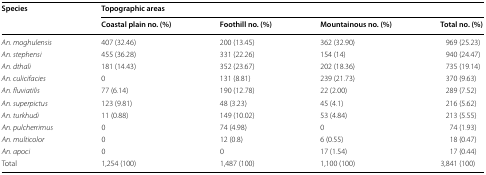
<table><thead><tr><td rowspan="2"><b>Species</b></td><td colspan="4"><b>Topographic areas</b></td></tr><tr><td><b>Coastal plain no. (%)</b></td><td><b>Foothill no. (%)</b></td><td><b>Mountainous no. (%)</b></td><td><b>Total no. (%)</b></td></tr></thead><tbody><tr><td><i>An. moghulensis</i></td><td>407 (32.46)</td><td>200 (13.45)</td><td>362 (32.90)</td><td>969 (25.23)</td></tr><tr><td><i>An. stephensi</i></td><td>455 (36.28)</td><td>331 (22.26)</td><td>154 (14)</td><td>940 (24.47)</td></tr><tr><td><i>An. dthali</i></td><td>181 (14.43)</td><td>352 (23.67)</td><td>202 (18.36)</td><td>735 (19.14)</td></tr><tr><td><i>An. culicifacies</i></td><td>0</td><td>131 (8.81)</td><td>239 (21.73)</td><td>370 (9.63)</td></tr><tr><td><i>An. fluviatilis</i></td><td>77 (6.14)</td><td>190 (12.78)</td><td>22 (2.00)</td><td>289 (7.52)</td></tr><tr><td><i>An. superpictus</i></td><td>123 (9.81)</td><td>48 (3.23)</td><td>45 (4.1)</td><td>216 (5.62)</td></tr><tr><td><i>An. turkhudi</i></td><td>11 (0.88)</td><td>149 (10.02)</td><td>53 (4.84)</td><td>213 (5.55)</td></tr><tr><td><i>An. pulcherrimus</i></td><td>0</td><td>74 (4.98)</td><td>0</td><td>74 (1.93)</td></tr><tr><td><i>An. multicolor</i></td><td>0</td><td>12 (0.8)</td><td>6 (0.55)</td><td>18 (0.47)</td></tr><tr><td><i>An. apoci</i></td><td>0</td><td>0</td><td>17 (1.54)</td><td>17 (0.44)</td></tr><tr><td>Total</td><td>1,254 (100)</td><td>1,487 (100)</td><td>1,100 (100)</td><td>3,841 (100)</td></tr></tbody></table>